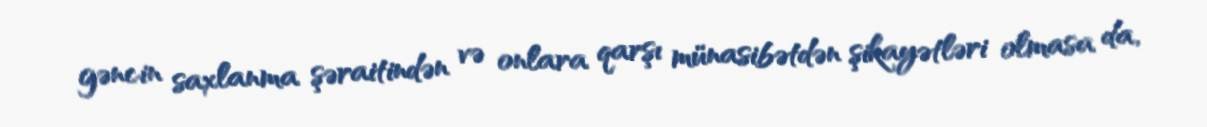
gəncin saxlanma şəraitindən və onlara qarşı münasibətdən şikayətləri olmasa da,